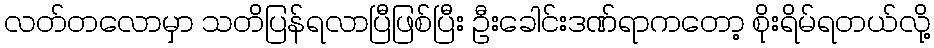
လတ်တလောမှာ သတိပြန်ရလာပြီဖြစ်ပြီး ဦးခေါင်းဒဏ်ရာကတော့ စိုးရိမ်ရတယ်လို့